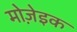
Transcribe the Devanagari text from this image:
मोजे़इक